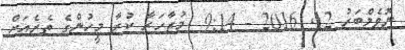
ނޮވެމްބަރު 12